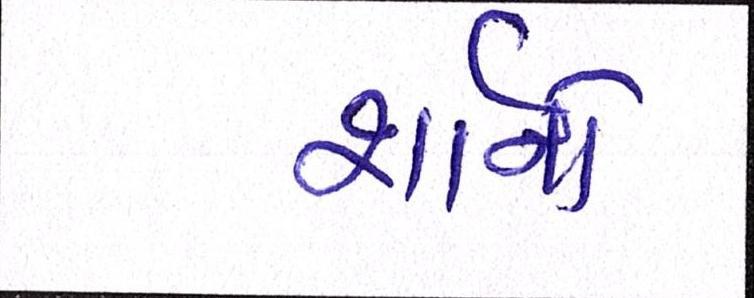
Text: શૉનો